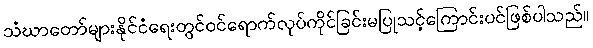
သံဃာတော်များနိုင်ငံရေးတွင်ဝင်ရောက်လုပ်ကိုင်ခြင်းမပြုသင့်ကြောင်းပင်ဖြစ်ပါသည်။